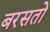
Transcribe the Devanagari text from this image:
बरसतो